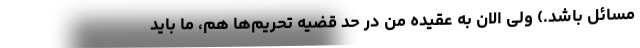
مسائل باشد.) ولی الان به عقیده من در حد قضیه تحریم‌ها هم، ما باید